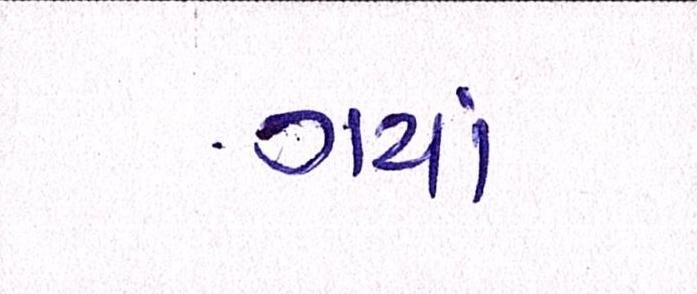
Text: ગયાં